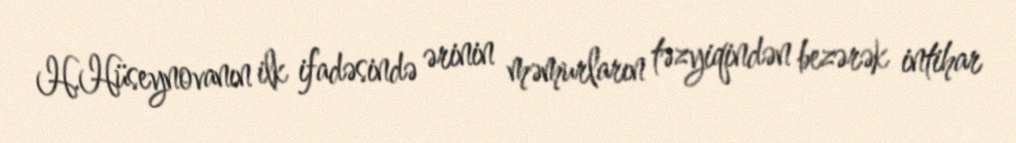
H.Hüseynovanın ilk ifadəsində ərinin məmurların təzyiqindən bezərək intihar